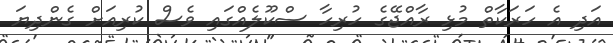
އަދި އެ ހަރަކާތް މުޅި ރާއްޖޭގެ ހުރިހާ ސްކޫލެއްގައި ވެސް ކުރިއަށް ގެންދިޔަ